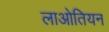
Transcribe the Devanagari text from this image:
लाओतियन